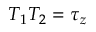
T _ { 1 } T _ { 2 } = \tau _ { z }